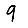
Digit: 9